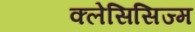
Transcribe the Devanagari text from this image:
क्लेसिसिज्म